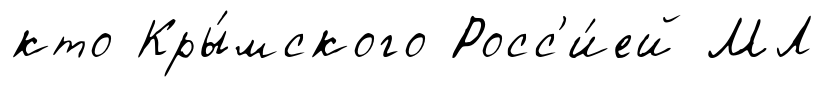
кто Кры́мского Росс'и́ей МЛ